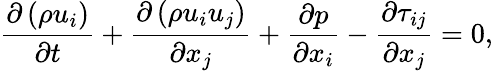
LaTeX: \frac{\partial\left(\rho u_{i}\right)}{\partial t}+\frac{\partial\left(\rho u_{i}u_{j}\right)}{\partial x_{j}}+\frac{\partial p}{\partial x_{i}}-\frac{\partial\tau_{ij}}{\partial x_{j}}=0,